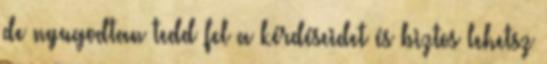
de nyugodtan tedd fel a kérdéseidet és biztos lehetsz